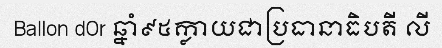
Ballon dOr ឆ្នាំ៩៥ក្លាយជាប្រធានាធិបតី លី